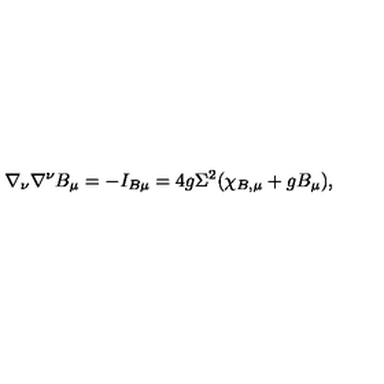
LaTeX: \nabla _ { \nu } \nabla ^ { \nu } B _ { \mu } = - I _ { B \mu } = 4 g \Sigma ^ { 2 } ( \chi _ { B , \mu } + g B _ { \mu } ) ,